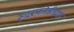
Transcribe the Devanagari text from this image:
रुदरफोर्डच्या